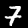
Digit: 7